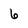
Character: 6